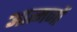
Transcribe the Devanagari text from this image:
आत्मजों